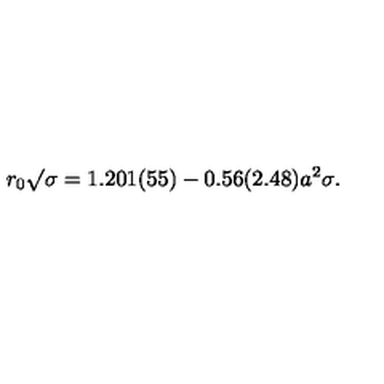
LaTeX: { { r _ { 0 } } { \surd \sigma } } = 1 . 2 0 1 ( 5 5 ) - 0 . 5 6 ( 2 . 4 8 ) a ^ { 2 } \sigma .